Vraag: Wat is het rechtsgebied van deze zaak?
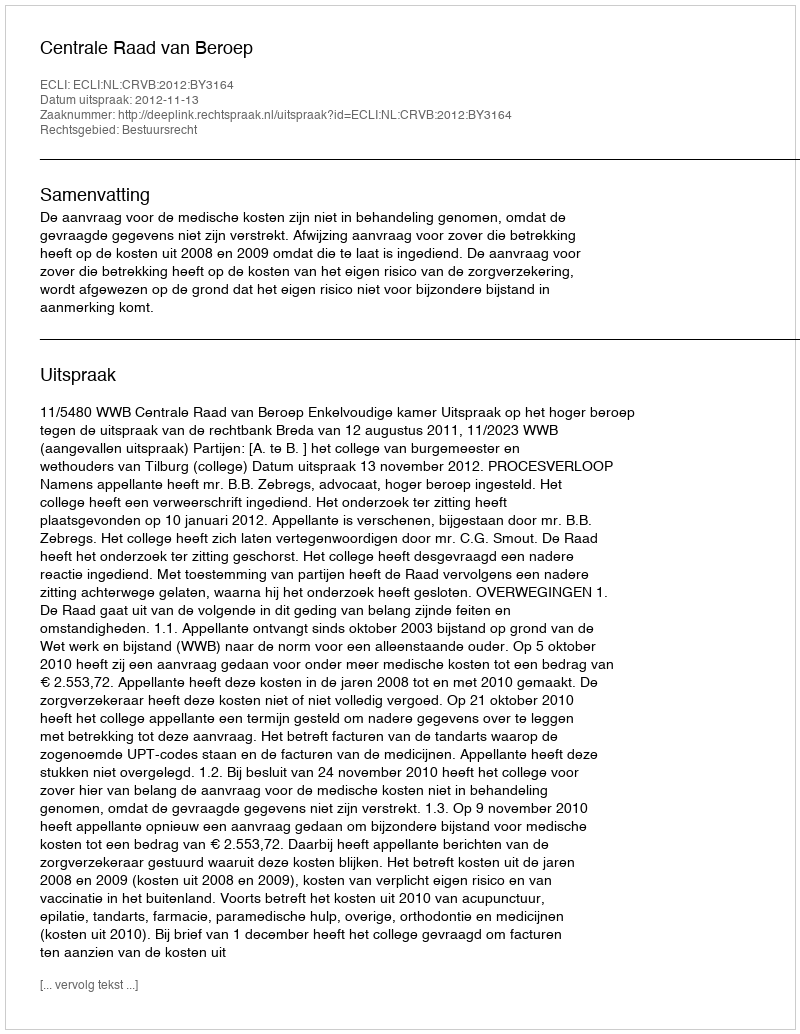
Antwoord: Bestuursrecht